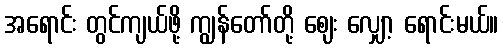
အရောင်း တွင်ကျယ်ဖို့ ကျွန်တော်တို့ ဈေး လျှော့ ရောင်းမယ်။